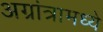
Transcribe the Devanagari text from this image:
अग्रांत्रामध्ये